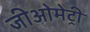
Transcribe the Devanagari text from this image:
जीओमेट्री